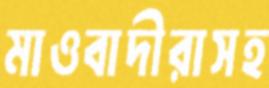
মাওবাদীরাসহ